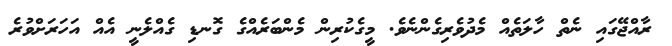
ރާއްޖޭގައި ނެތް ހާލަތެއް މެދުވެރިގެންނެވެ. މީގެކުރިން މެންބަރެއްގެ ގޮނޑި ގެއްލެނީ އެއް އަހަރަށްވުރެ